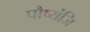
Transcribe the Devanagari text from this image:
पौष्यंजि